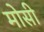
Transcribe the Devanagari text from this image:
मोसी